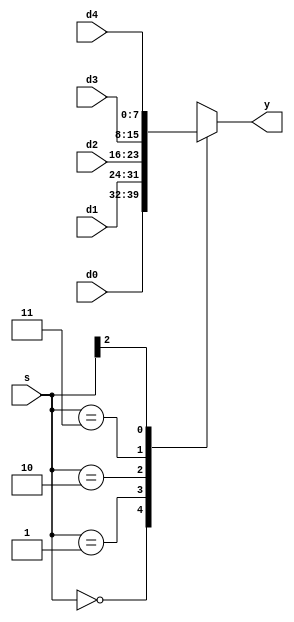
// This program was cloned from: https://github.com/siliconcompiler/scgallery
// License: Apache License 2.0

module mux5 #(parameter WIDTH = 8)
   (input  wire [WIDTH-1:0] d0, d1, d2, d3, d4,
    input  wire [2:0]       s,
    output reg [WIDTH-1:0] y);
   
   always@(*)
     casez (s)
       3'b000 : y = d0;       
       3'b001 : y = d1;
       3'b010 : y = d2;
       3'b011 : y = d3;
       3'b1?? : y = d4;
     endcase // casez (s)

endmodule // mux5